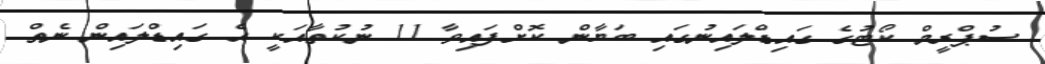
ސުޕްރީމް ކޯޓުގެ ގައިޑްލައިނުގައި ބަޔާން ކޮށްފައިވާ 11 ނުކުތާއަކީ އެ ގައިޑްލައިން ނެތް